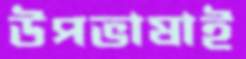
উপভাষাই